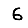
Digit: 6